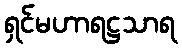
ရှင်မဟာရဋ္ဌသာရ